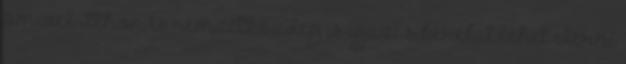
amivel itthon és nemzetközileg is igazi sikereket lehet elérni